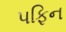
પફિન